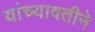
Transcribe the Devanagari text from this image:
यांच्यावतीने